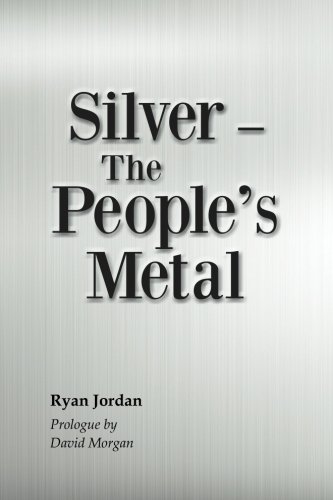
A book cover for Silver-- The People's Metal; Ryan Jordan; Crafts, Hobbies & Home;